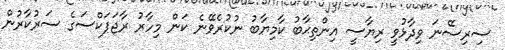
ސިރިސޭނަ ވިދާޅުވީ ރިޔާސީ އިންތިޙާބު ކާމިޔާބު ނުކުރެވޭނެ ކަން މިހާރު ރާޖަޕަކްސަގެ ސަރުކާރުން